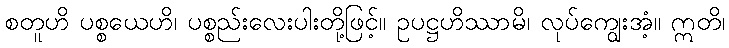
စတူဟိ ပစ္စယေဟိ၊ ပစ္စည်းလေးပါးတို့ဖြင့်။ ဥပဋ္ဌဟိဿာမိ၊ လုပ်ကျွေးအံ့။ ဣတိ၊